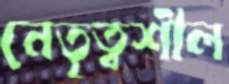
নেতৃত্বশীল